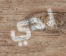
لدي